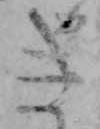
き